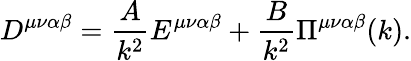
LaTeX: D^{\mu\nu\alpha\beta}=\frac{A}{k^{2}}E^{\mu\nu\alpha\beta}+\frac{B}{k^{2}}\Pi^{\mu\nu\alpha\beta}(k).